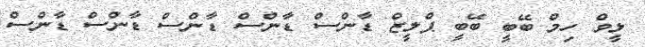
ލީވް ހިމް ބޭބީ ބޭބީ ޕްލީޒް ޑާންސް ޑާންސް ޑާންސް ޑާންސް ޑާންސް